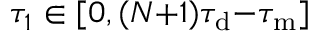
\tau _ { 1 } \in [ 0 , ( N { + } 1 ) \tau _ { \mathrm { d } } { - } \tau _ { \mathrm { m } } ]